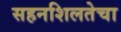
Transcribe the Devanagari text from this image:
सहनशिलतेचा